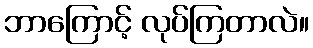
ဘာကြောင့် လုပ်ကြတာလဲ။